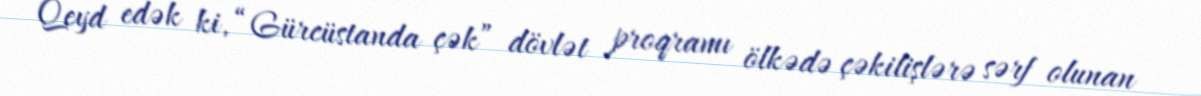
Qeyd edək ki, “Gürcüstanda çək” dövlət proqramı ölkədə çəkilişlərə sərf olunan